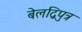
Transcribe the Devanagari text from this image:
बेलद्विपुत्र